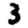
Digit: 3